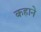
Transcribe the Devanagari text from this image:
कहाने